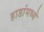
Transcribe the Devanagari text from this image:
हाडांमध्ये